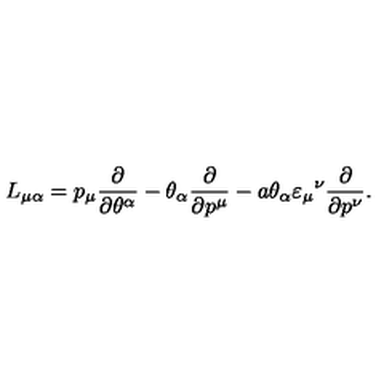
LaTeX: L _ { \mu \alpha } = p _ { \mu } \frac { \partial } { \partial \theta ^ { \alpha } } - \theta _ { \alpha } \frac { \partial } { \partial p ^ { \mu } } - a \theta _ { \alpha } \varepsilon _ { \mu } { } ^ { \nu } \frac { \partial } { \partial p ^ { \nu } } . \,